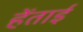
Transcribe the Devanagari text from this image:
हेंताई